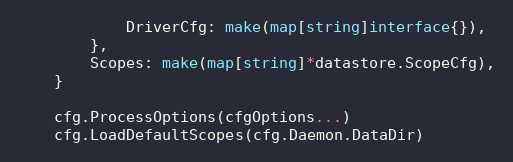
Language: Go
			DriverCfg: make(map[string]interface{}),
		},
		Scopes: make(map[string]*datastore.ScopeCfg),
	}

	cfg.ProcessOptions(cfgOptions...)
	cfg.LoadDefaultScopes(cfg.Daemon.DataDir)